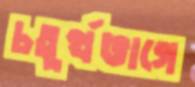
চতুর্থভাগে